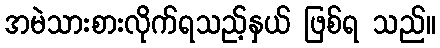
အမဲသားစားလိုက်ရသည့်နှယ် ဖြစ်ရ သည်။